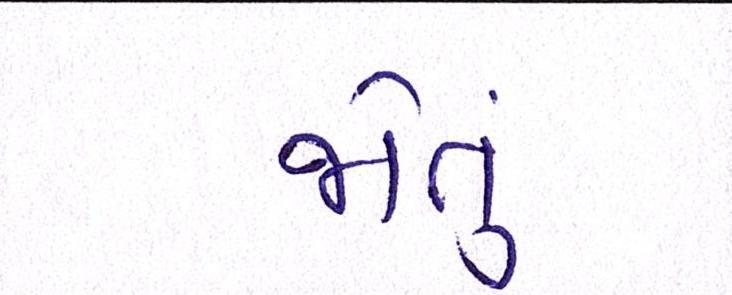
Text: જોતું